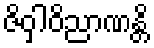
ဇိဝှါဝိညာဏန္တိ